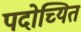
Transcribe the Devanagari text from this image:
पदोच्यित